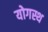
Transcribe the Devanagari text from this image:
योगस्थ